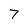
Character: 7